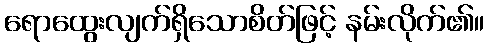
ရောထွေးလျက်ရှိသောစိတ်ဖြင့် နမ်းလိုက်၏။